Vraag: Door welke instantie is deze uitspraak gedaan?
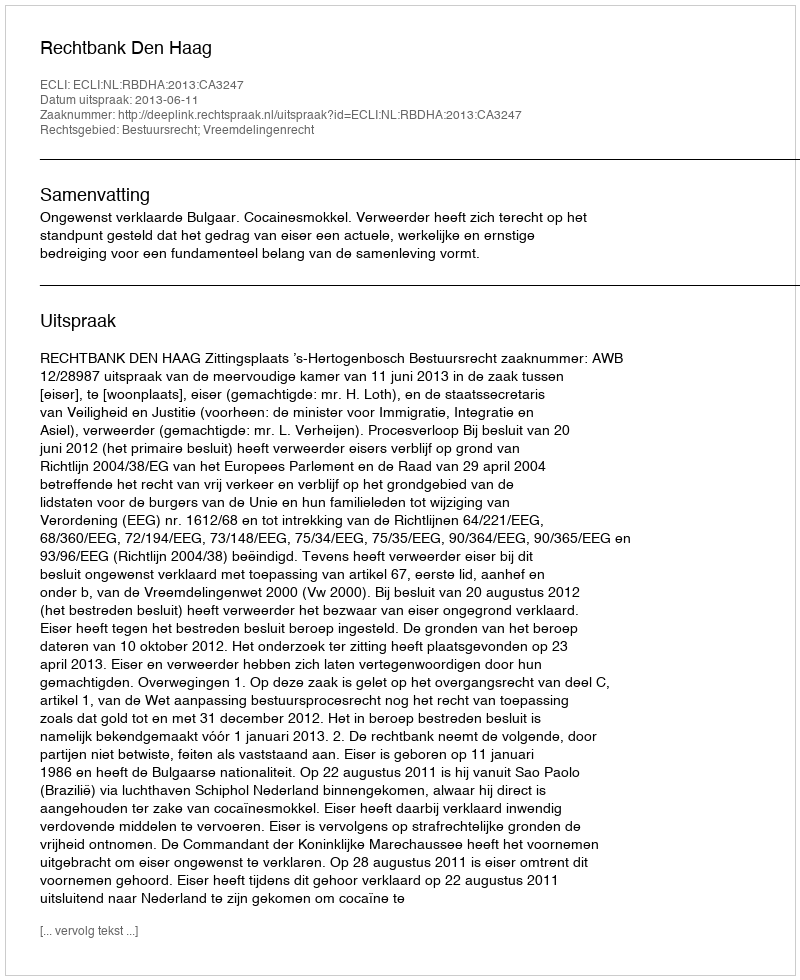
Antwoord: Rechtbank Den Haag